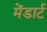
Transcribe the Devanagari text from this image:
मेंडार्ट